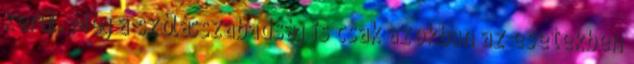
kerül. Még a szólásszabadság is csak azokban az esetekben